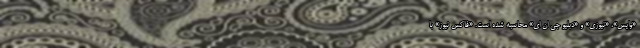
«وایس»، «نیوزی» و «دبلیو جی ان ای» محاسبه شده است. «فاکس نیوز» با